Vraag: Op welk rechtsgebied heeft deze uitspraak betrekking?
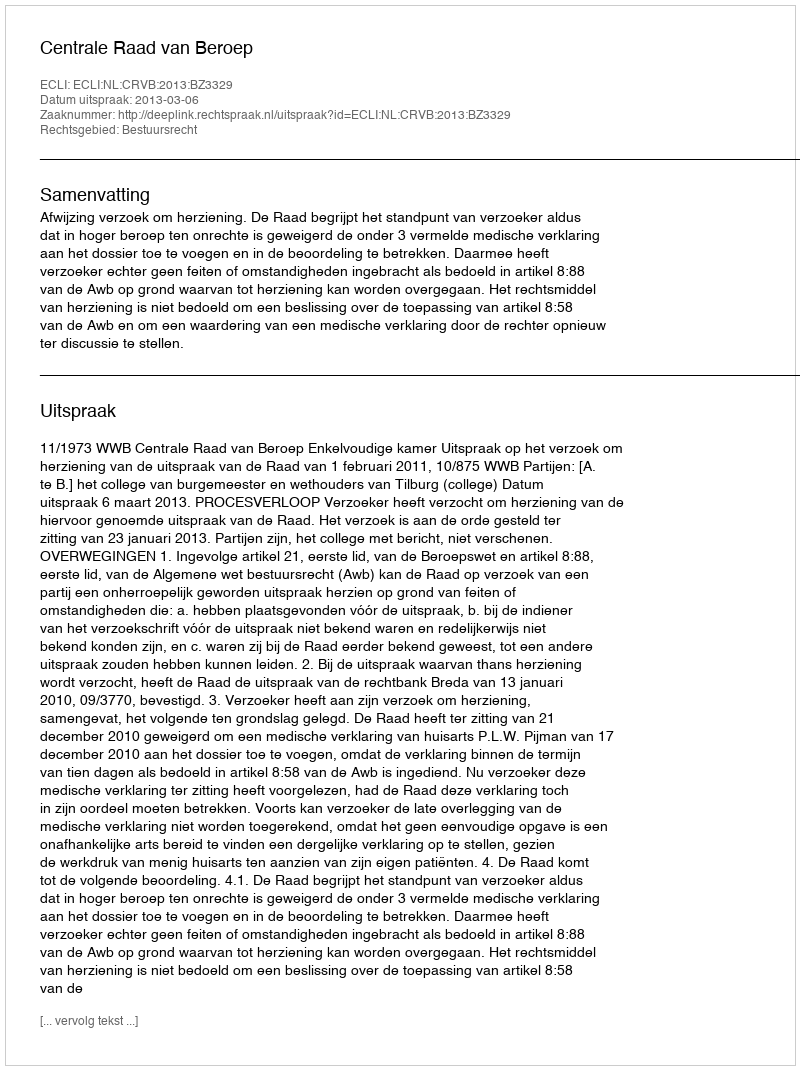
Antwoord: Bestuursrecht